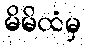
မိမိထံမှ